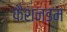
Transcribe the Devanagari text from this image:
फैशनडम